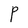
Character: P